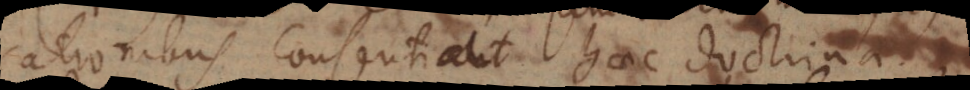
cationibus consentiat haec doctrina,